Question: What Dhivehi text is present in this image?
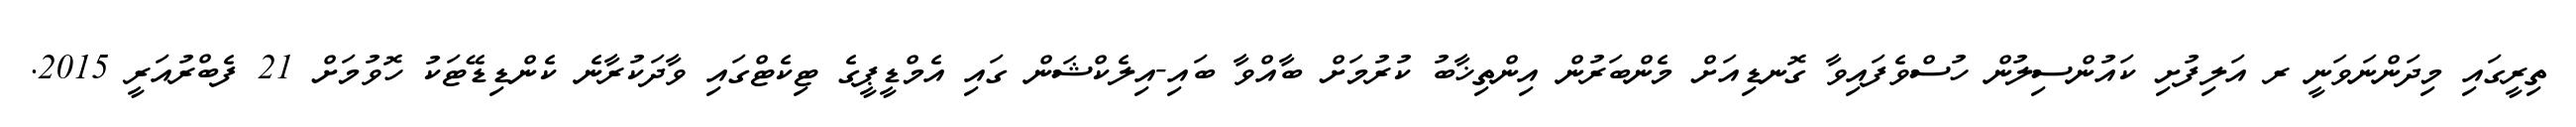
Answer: ތިރީގައި މިދަންނަވަނީ ރ އަލިފުށި ކައުންސިލުން ހުސްވެފައިވާ ގޮނޑިއަށް މެންބަރުން އިންތިޚާބު ކުރުމަށް ބާއްވާ ބައި-އިލެކްޝަން ގައި އެމްޑީޕީގެ ޓިކެޓްގައި ވާދަކުރާނެ ކެންޑިޑޭޓަކު ހޮވުމަށް 21 ފެބްރުއަރީ 2015.